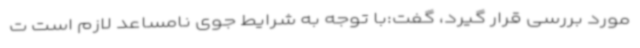
مورد بررسی قرار گیرد، گفت:با توجه به شرایط جوی نامساعد لازم است ت